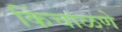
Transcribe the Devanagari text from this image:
किंचाळणे